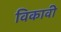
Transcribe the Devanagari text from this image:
विकावी